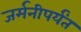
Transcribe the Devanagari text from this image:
जर्मनीपर्यंत